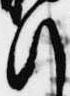
行